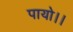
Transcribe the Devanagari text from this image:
पायो।।